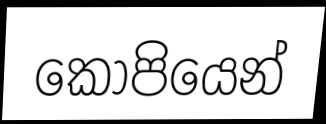
කෝපියෙන්